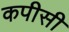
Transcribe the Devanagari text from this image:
कपीसी